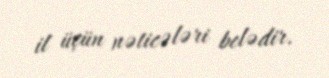
il üçün nəticələri belədir.